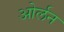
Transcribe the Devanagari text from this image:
ओर्लन